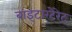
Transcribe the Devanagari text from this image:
बाइटारटेरेट